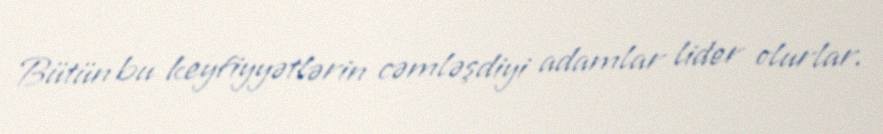
Bütün bu keyfiyyətlərin cəmləşdiyi adamlar lider olurlar.